Report on sanitation, dispensaries, and jails in Rajputana for 1911, and on vaccination for the year 1911-1912 - 1911-1912
Year: 1911
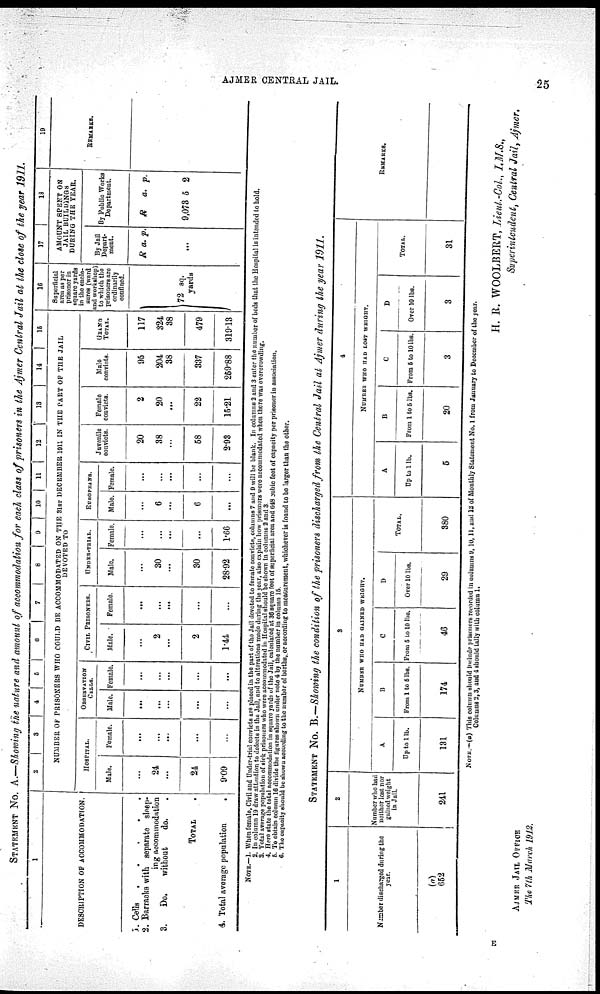
AJMER CENTRAL JAIL.
25
STATEMENT No. A.—Showing the nature and amount of accommodation for each class of prisoners in the Ajmer Central Jail at the close of the year 1911.
1
DESCRIPTION OF ACCOMMODATION.
3.
2.
3.
4.
Cells
.
.
.
.
.
Barratries with separate sleep-
ing accommodation
Do.
without
do. .
TOTAL .
Total average population
.
2
3
4
6
6
7
8
9
10
11 12
13
14
15
NUMBER OF PRISONERS WHO COULD BE ACCOMMODATED ON THE 31ST DECEMBER 1911 IN THE PART OF THE JAIL
DEVOTED TO
HOSPITAL.
Male.
...
24
...
24
9.09
Female.
...
...
...
...
...
OBSERVATION
CELLS.
Male.
...
...
...
...
...
Female.
...
...
...
...
...
CIVIL PRISONERS.
Male.
...
2
...
2
1.44
Female.
...
...
...
...
...
UNDER-TRIAL.
Male.
...
30
...
30
28.92
Female.
...
...
...
...
1.66
EUROPEANS.
Male.
...
6
...
6
...
Female.
...
...
...
...
...
Juvenile
convicts.
20
38
...
58
2.93
Female
convicts.
2
20
...
22
15.21
Male
convicts.
95
204
38
337
259.88
GRAND
TOTAL.
117
324
38
479
319.13
16
Superficial
area as per
prisoner in
square yards
in the enclo-
sures (ward
and workshop)
to which the
prisoners are
ordinarily
confined.
72 sq.
yards
17
18
AMOUNT SPENT ON
JAIL BUILDINGS
DURING THE YEAR.
By Jail
Depart-
ment.
R a. p.
...
By Public Works
Department.
R a. p.
9,073 5 2
19
REMARKS.
NOTE.—1. When female, Civil and Under-trial convicts are placed in the part of the Jail devoted to female convicts, columns 7 and 9 will be blank. In columns 2 and 3 cnter the number of beds that the Hospital is intended to hold.
2. In column 19 draw attention to defects in the Jail, and to alterations made during the year, also explain how prisoners were accommodated when there was overerowding.
3. Total average population of sick prisoners who were accommodated in Hospital should be shown in columns 2 and 3.
4. Here state the total accommodation in square yards of the Jail, calculated at 36 square feet of superficial area and 648 cubic feet of capacity per prisoner in association.
5. To obtain column 16 divide the figures shown under note 4 by the number in column 15.
6. The capacity should be shown according to the number of berths, or according to measurement, whichever is found to be larger than the other.
STATEMENT No. B.—Showing the condition of the prisoners discharged from the Central Jail at Ajmer during the year 1911.
1
Number discharged during the
year.
(a)
652
2
Number who bad
neither lost nor
gained weight
in Jail.
241
3
NUMBER WHO HAD GAINRD WEIGHT.
A
up to 1lb.
131
B
From 1 to 5 lbs.
174
C
From 5 to 10 lbs.
46
D
Over 10 lbs.
29
TOTAL.
380
4
NUMBER WHO HAD LOST WEIGHT.
A
Up to 1 lb.
5
B
From 1 to 5 lbs.
20
C
From 5 to 10 lbs.
3
D
Over 10 lbs.
3
TOTAL.
31
REMARKS.
NOTE.—(a) This column should include prisoners recorded in columns 9,10,11, and 12 of Monthly Statement No. 1 from January to December of the year.
Columns 2,3, and 4 should tally with column 1.
H. E. WOOLBERT, Lieul.-Col., I.M.S.,
Superintendent, Central Jail, Ajmer.
AJMER JAIL OFFICE
The 7th March 1912.
E